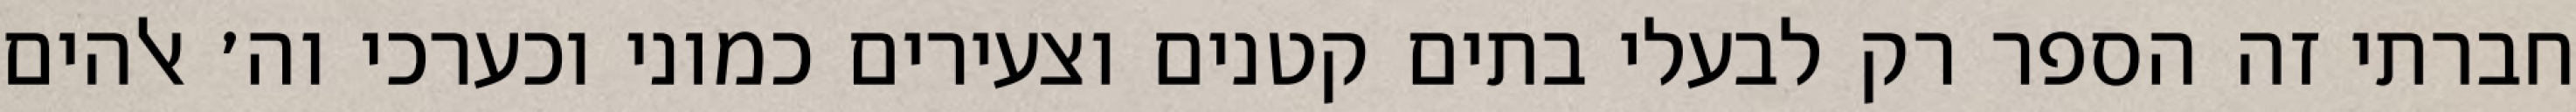
חברתי זה הספר רק לבעלי בתים קטנים וצעירים כמוני וכערכי וה׳ אלהים